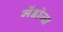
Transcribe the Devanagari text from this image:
मेंडोजा